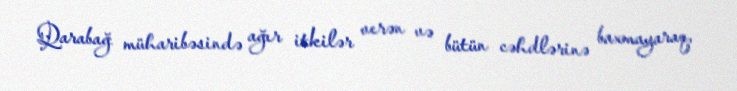
Qarabağ müharibəsində ağır itkilər verən və bütün cəhdlərinə baxmayaraq,